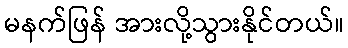
မနက်ဖြန် အားလို့သွားနိုင်တယ်။